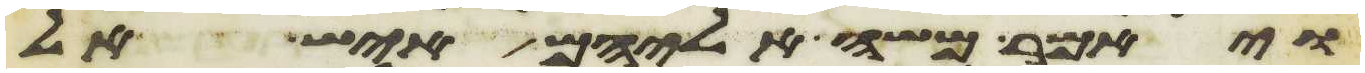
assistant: ויאמר משה אליהם איש אל